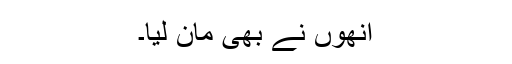
انھوں نے بھی مان لیا۔